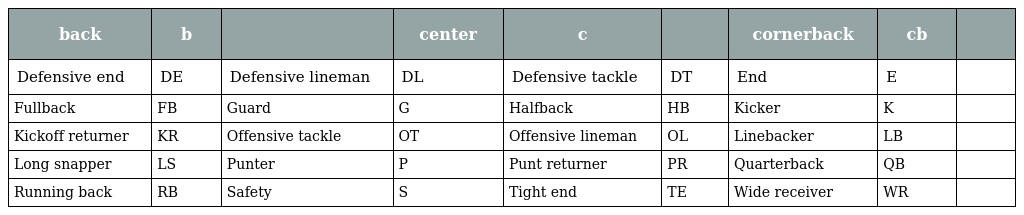
| back | b |  | center | c |  | cornerback | cb |  |
 | --- | --- | --- | --- | --- | --- | --- | --- | --- |
 | Defensive end | DE | Defensive lineman | DL | Defensive tackle | DT | End | E |  |
 | Fullback | FB | Guard | G | Halfback | HB | Kicker | K |  |
 | Kickoff returner | KR | Offensive tackle | OT | Offensive lineman | OL | Linebacker | LB |  |
 | Long snapper | LS | Punter | P | Punt returner | PR | Quarterback | QB |  |
 | Running back | RB | Safety | S | Tight end | TE | Wide receiver | WR |  |